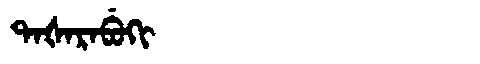
Manchu: ᡨᠠᡧᠠᡵᠠᠪᡠᡴᡳ
Romanization: TAŠARABUKI